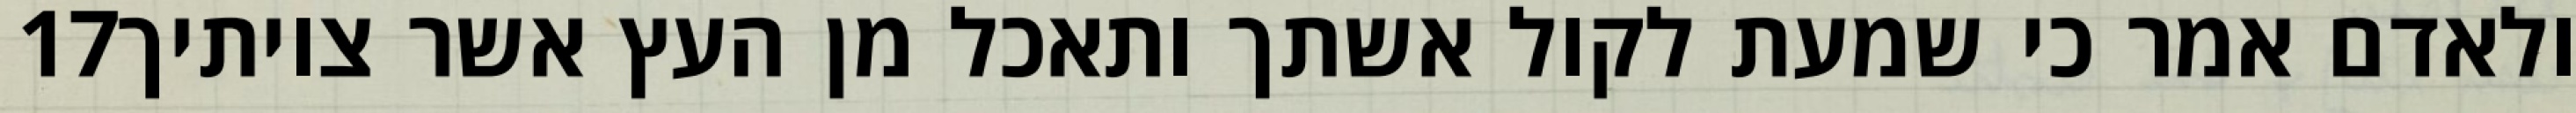
‎17‏ ולאדם אמר כי שמעת לקול אשתך ותאכל מן העץ אשר צויתיך